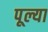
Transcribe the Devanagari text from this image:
पूल्या